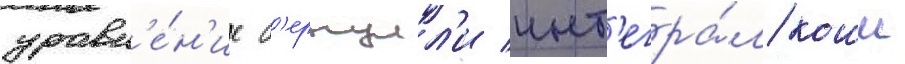
уравн'е́н'ие б'ернулл'и инт'егра́л коши